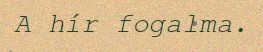
A hír fogalma.